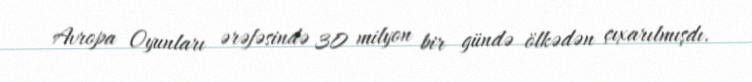
Avropa Oyunları ərəfəsində 30 milyon bir gündə ölkədən çıxarılmışdı.